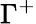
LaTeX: \Gamma^{+}